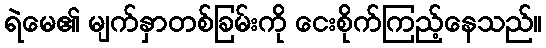
ရဲမေ၏ မျက်နှာတစ်ခြမ်းကို ငေးစိုက်ကြည့်နေသည်။